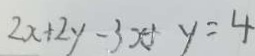
2 x + 2 y - 3 x + y = 4